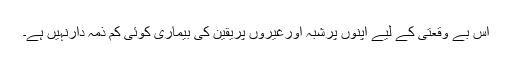
اس بے وقعتی کے لیے اپنوں پرشبہ اورغیروں پریقین کی بیماری کوئی کم ذمہ دارنہیں ہے۔